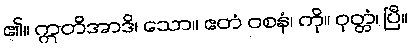
၏။ ဣတိအာဒိ၊ သော။ ဧတံ ဝစနံ၊ ကို။ ဝုတ္တံ၊ ပြီ။